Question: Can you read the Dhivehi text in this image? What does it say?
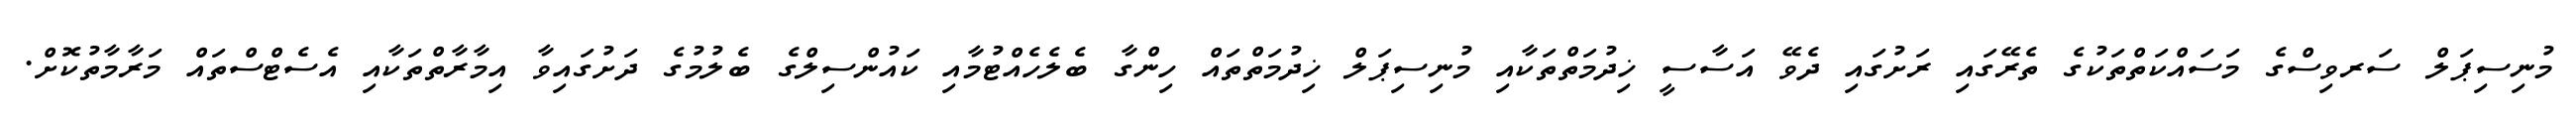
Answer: މުނިސިޕަލް ސަރވިސްގެ މަސައްކަތްތަކުގެ ތެރޭގައި ރަށުގައި ދެވޭ އަސާސީ ޚިދުމަތްތަކާއި މުނިސިޕަލް ޚިދުމަތްތައް ހިންގާ ބެލެހެއްޓުމާއި ކައުންސިލްގެ ބެލުމުގެ ދަށުގައިވާ އިމާރާތްތަކާއި އެސެޓްސްތައް މަރާމާތުކޮށް.